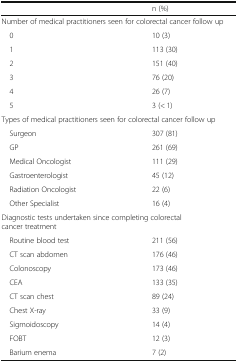
<table><thead><tr><td></td><td><b>n (%)</b></td></tr></thead><tbody><tr><td colspan="2">Number of medical practitioners seen for colorectal cancer follow up</td></tr><tr><td> 0</td><td>10 (3)</td></tr><tr><td> 1</td><td>113 (30)</td></tr><tr><td> 2</td><td>151 (40)</td></tr><tr><td> 3</td><td>76 (20)</td></tr><tr><td> 4</td><td>26 (7)</td></tr><tr><td> 5</td><td>3 (&lt; 1)</td></tr><tr><td colspan="2">Types of medical practitioners seen for colorectal cancer follow up</td></tr><tr><td> Surgeon</td><td>307 (81)</td></tr><tr><td> GP</td><td>261 (69)</td></tr><tr><td> Medical Oncologist</td><td>111 (29)</td></tr><tr><td> Gastroenterologist</td><td>45 (12)</td></tr><tr><td> Radiation Oncologist</td><td>22 (6)</td></tr><tr><td> Other Specialist</td><td>16 (4)</td></tr><tr><td colspan="2">Diagnostic tests undertaken since completing colorectal cancer treatment</td></tr><tr><td> Routine blood test</td><td>211 (56)</td></tr><tr><td> CT scan abdomen</td><td>176 (46)</td></tr><tr><td> Colonoscopy</td><td>173 (46)</td></tr><tr><td> CEA</td><td>133 (35)</td></tr><tr><td> CT scan chest</td><td>89 (24)</td></tr><tr><td> Chest X-ray</td><td>33 (9)</td></tr><tr><td> Sigmoidoscopy</td><td>14 (4)</td></tr><tr><td> FOBT</td><td>12 (3)</td></tr><tr><td> Barium enema</td><td>7 (2)</td></tr></tbody></table>